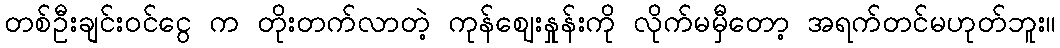
တစ်ဦးချင်းဝင်ငွေ က တိုးတက်လာတဲ့ ကုန်ဈေးနှုန်းကို လိုက်မမှီတော့ အရက်တင်မဟုတ်ဘူး။